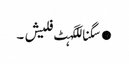
●سگناللگہٹ فلیش ۔